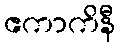
ဧကာကိနီ